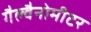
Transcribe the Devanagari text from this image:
गैल्वैनोमीटर